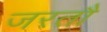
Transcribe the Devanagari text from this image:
जरतौ